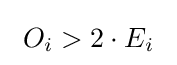
~O_{i}>2\cdot E_{i}~